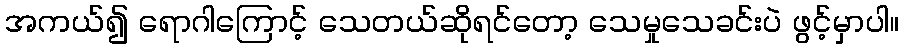
အကယ်၍ ရောဂါကြောင့် သေတယ်ဆိုရင်တော့ သေမှုသေခင်းပဲ ဖွင့်မှာပါ။